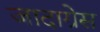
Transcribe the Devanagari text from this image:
जादाग्रेस